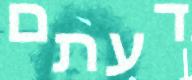
דעתם